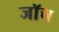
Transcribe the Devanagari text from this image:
जाॅच